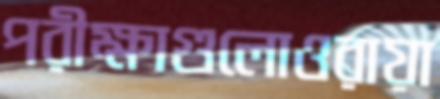
পরীক্ষাগুলোওরায়া